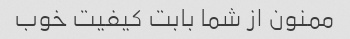
ممنون از شما بابت کیفیت خوب